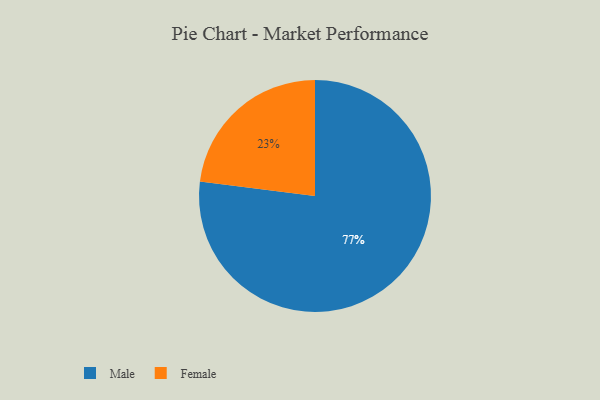
{"axis": {"x": "Category", "y": "Percentage"}, "legend": ["Female", "Male"], "data": [{"x": "Male", "y": 77, "type": "Male"}, {"x": "Female", "y": 23, "type": "Female"}]}